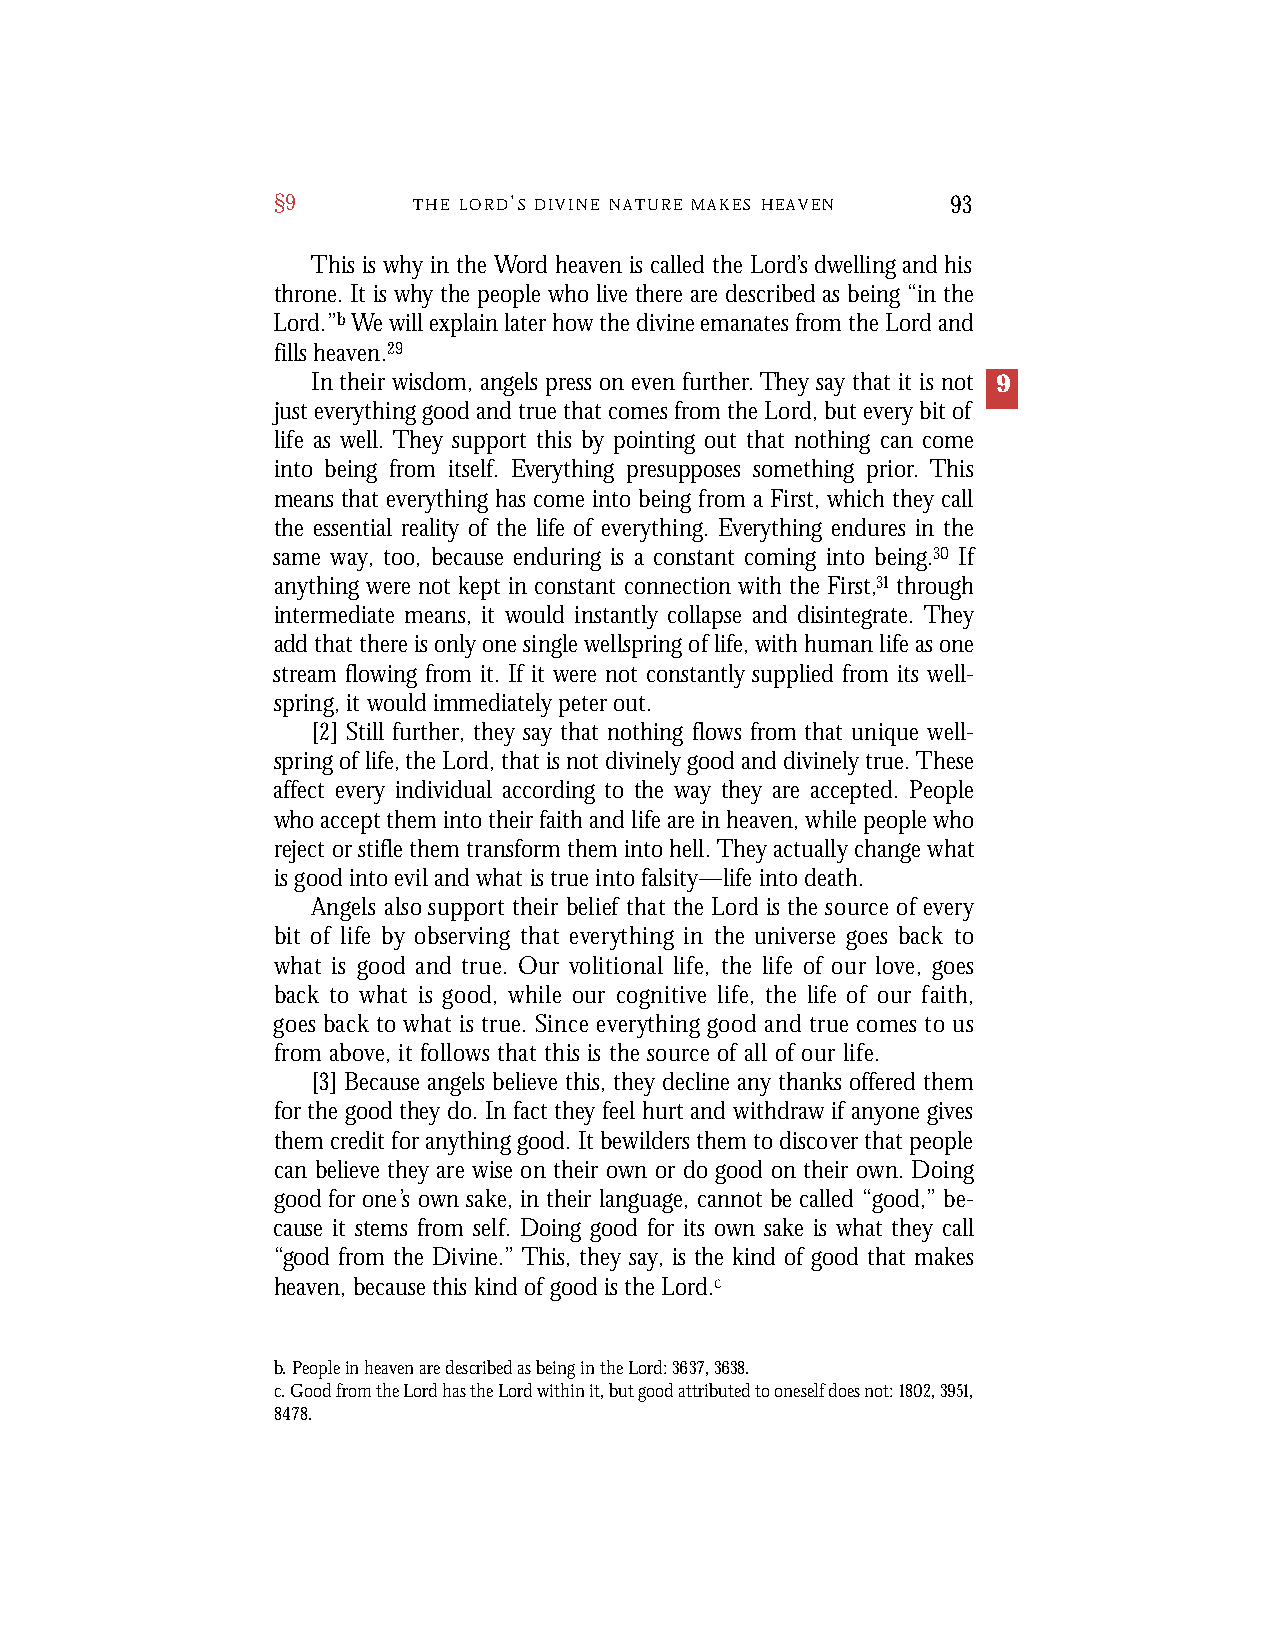
§9       T H E L O R D’S D I V I N E N A T U R E M A K E S H E A V E N 93
 This is why in the Word heaven is called the Lord’s dwelling and his
 throne. It is why the people who live there are described as being “in the
 Lord.”bWe will explain later how the divine emanates from the Lord and
 fills heaven.29
 In their wisdom, angels press on even further.They say that it is not 9
 just everything good and true that comes from the Lord, but every bit of
 life as well. They support this by pointing out that nothing can come
 into being from itself. Everything presupposes something prior. This
 means that everything has come into being from a First, which they call
 the essential reality of the life of everything. Everything endures in the
 same way, too, because enduring is a constant coming into being.30 If
 anything were not kept in constant connection with the First,31 through
 intermediate means, it would instantly collapse and disintegrate. They
 add that there is only one single wellspring of life, with human life as one
 stream flowing from it. If it were not constantly supplied from its well-
 spring, it would immediately peter out.
 [2] Still further, they say that nothing flows from that unique well-
 spring of life, the Lord, that is not divinely good and divinely true. These
 affect every individual according to the way they are accepted. People
 who accept them into their faith and life are in heaven, while people who
 reject or stifle them transform them into hell. They actually change what
 is good into evil and what is true into falsity—life into death.
 Angels also support their belief that the Lord is the source of eve ry
 bit of life by observing that eve rything in the universe goes back to
 what is good and true. Our volitional life, the life of our love, goes
 back to what is good, while our cognitive life, the life of our faith,
 goes back to what is true. Since eve rything good and true comes to us
 f rom above, it follows that this is the source of all of our life.
 [3] Because angels believe this, they decline any thanks offered them
 for the good they do. In fact they feel hurt and withdraw if anyone gives
 them credit for anything good. It bewilders them to discover that people
 can believe they are wise on their own or do good on their own. Doing
 good for one’s own sake, in their language, cannot be called “good,” be-
 cause it stems from self. Doing good for its own sake is what they call
 “good from the Divine.” This, they say, is the kind of good that makes
 heaven, because this kind of good is the Lord.c
 b. People in heaven are described as being in the Lord: 3637, 3638.
 c. Good from the Lord has the Lord within it, but good attributed to oneself does not: 1802,3951,
 8478.